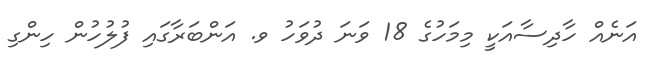
އަނެއް ހާދިސާއަކީ މިމަހުގެ 18 ވަނަ ދުވަހު ވ. އަންބަރާގައި ފުލުހުން ހިންގި